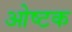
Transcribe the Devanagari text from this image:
ओष्टक